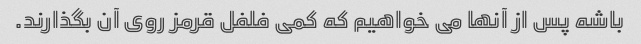
باشه پس از آنها می خواهیم که کمی فلفل قرمز روی آن بگذارند.